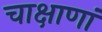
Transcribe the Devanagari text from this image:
चाक्षाणां